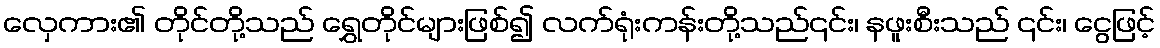
လှေကား၏ တိုင်တို့သည် ရွှေတိုင်များဖြစ်၍ လက်ရုံးကန်းတို့သည်၎င်း၊ နဖူးစီးသည် ၎င်း၊ ငွေဖြင့်